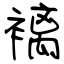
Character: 褵